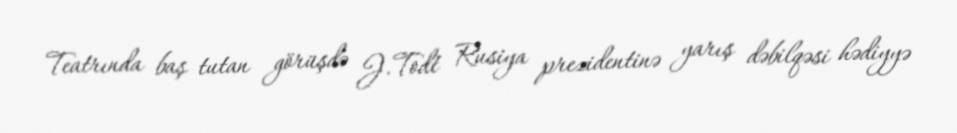
Teatrında baş tutan görüşdə J.Todt Rusiya prezidentinə yarış dəbilqəsi hədiyyə